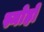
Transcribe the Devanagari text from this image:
स्नोहो